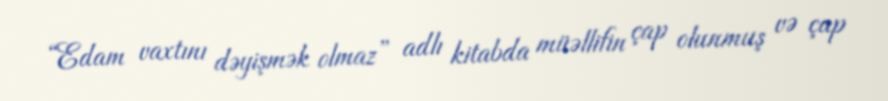
“Edam vaxtını dəyişmək olmaz” adlı kitabda müəllifin çap olunmuş və çap